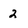
Character: 2